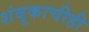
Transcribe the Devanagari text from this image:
शंबूकाचीही